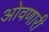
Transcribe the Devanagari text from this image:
ओवणारी